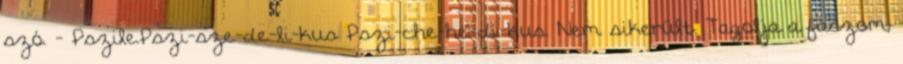
szó. - Pszile.Pszi-sze-de-li-kus Pszi-che-he-di-kus. Nem sikerült. Tagolja a faszom,